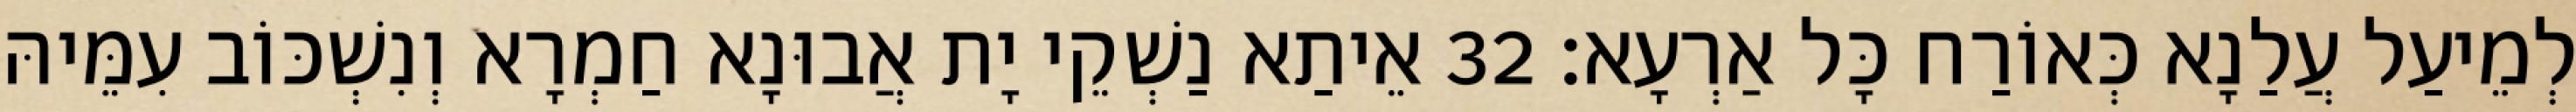
לְמֵיעַל עֲלַנָא כְּאוֹרַח כָּל אַרְעָא׃ 32 אֵיתַא נַשְׁקֵי יָת אֲבוּנָא חַמְרָא וְנִשְׁכּוֹב עִמֵּיהּ